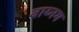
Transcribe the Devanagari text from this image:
बाय्नम